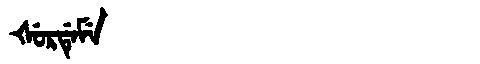
Manchu: ᡧᡠᡵᡩᡝᠮᡝ
Romanization: ŠURDEME